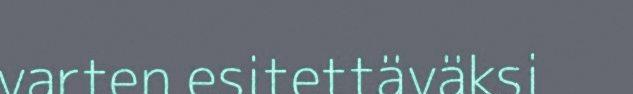
varten esitettäväksi